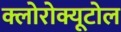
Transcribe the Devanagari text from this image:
क्लोरोक्यूटोल